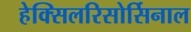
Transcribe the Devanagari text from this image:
हेक्सिलरिसोर्सिनाल